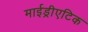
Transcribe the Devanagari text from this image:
माईड्रीएटिक